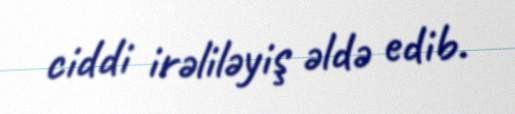
ciddi irəliləyiş əldə edib.